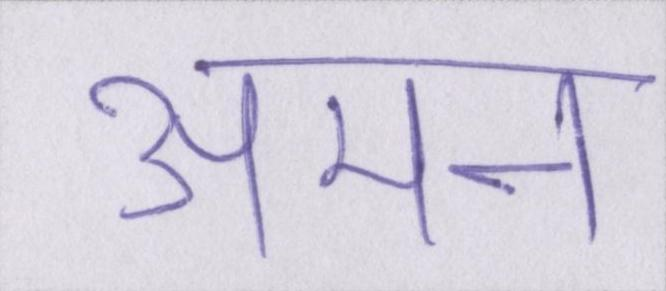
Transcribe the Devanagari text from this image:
अमन